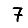
Digit: 7